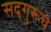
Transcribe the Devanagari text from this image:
सद्‌गुरूचे